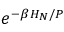
e ^ { - \beta H _ { N } / P }